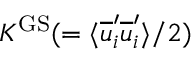
K ^ { \mathrm { G S } } ( = \langle \overline { { u } } _ { i } ^ { \prime } \overline { { u } } _ { i } ^ { \prime } \rangle / 2 )